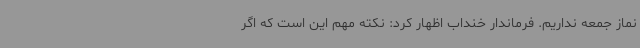
نماز جمعه نداریم. فرماندار خنداب اظهار کرد: نکته مهم این است که اگر